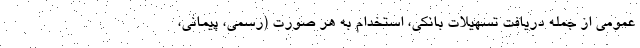
عمومی از جمله دریافت تسهیلات بانکی، استخدام به هر صورت (رسمی، پیمانی،